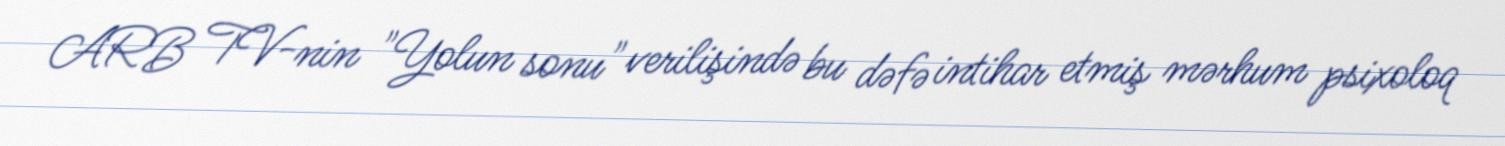
ARB TV-nin "Yolun sonu" verilişində bu dəfə intihar etmiş mərhum psixoloq